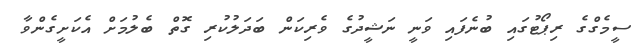
ސީމެގްގެ ރިޕޯޓުގައި ބުނެފައި ވަނީ ނަޝީދުގެ ވެރިކަން ބަދަލުކުރި ގޮތް ބެލުމަށް އެކަށީގެންވާ